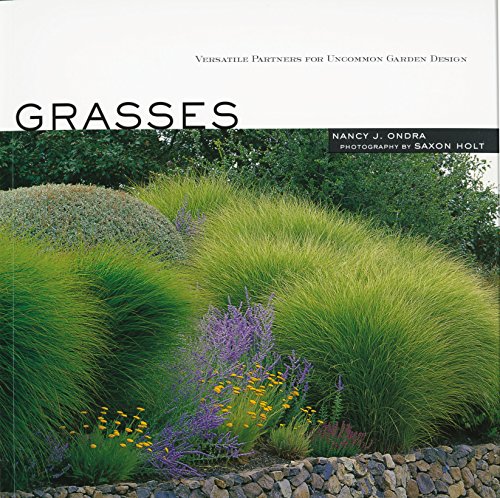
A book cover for Grasses: Versatile Partners for Uncommon Garden Design; Nancy J. Ondra; Crafts, Hobbies & Home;